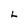
Character: L